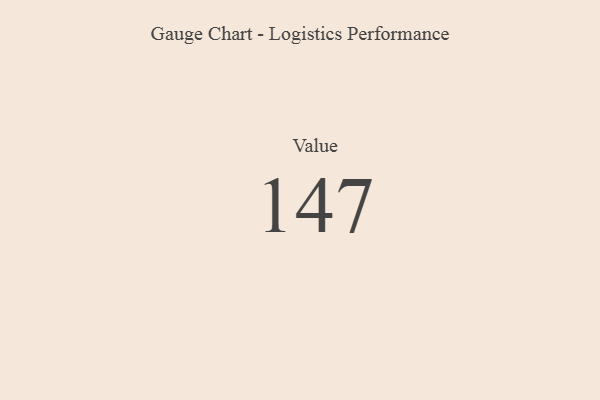
{"axis": {"x": "Metric", "y": "Value"}, "legend": [""], "data": [{"x": "Value", "y": 147, "type": ""}]}